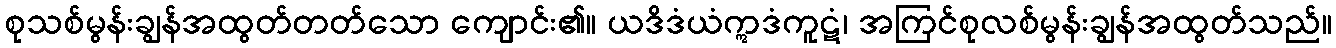
စုသစ်မွန်းချွန်အထွတ်တတ်သော ကျောင်း၏။ ယဒိဒံယံဣဒံကူဋံ၊ အကြင်စုလစ်မွန်းချွန်အထွတ်သည်။